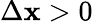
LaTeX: \Delta\mathbf{x}>0